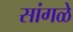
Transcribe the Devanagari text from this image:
सांगळे